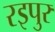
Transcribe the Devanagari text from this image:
रइपुर